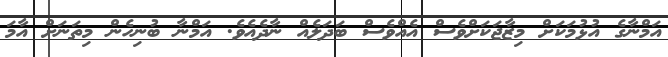
އަމްނާގެ އުޅުމަކަށް މިޒާޖަކަށްވެސް އެއްވެސް ބަދަލެއް ނާދެއެވެ. އަމްނާ ބުނިހެން މިތަނަށް އާމަ